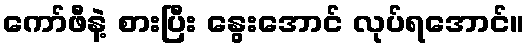
ကော်ဖီနဲ့ စားပြီး နွေးအောင် လုပ်ရအောင်။